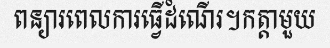
ពន្យារពេលការធ្វើដំណើរ។កត្តាមួយ